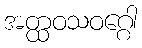
အတ္ထဝသဝဂ္ဂေါ